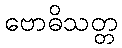
ဗောဓိသတ္တ